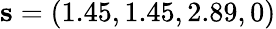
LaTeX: \mathbf{s}=(1.45,1.45,2.89,0)